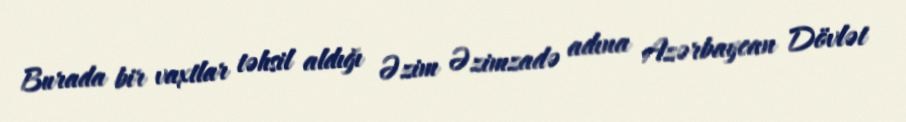
Burada bir vaxtlar təhsil aldığı Əzim Əzimzadə adına Azərbaycan Dövlət